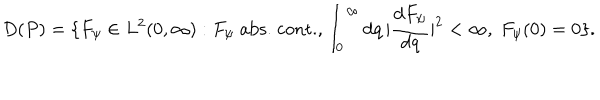
D ( P ) = \{ F _ { \psi } \in L ^ { 2 } ( 0 , \infty ) : F _ { \psi } \; \mathrm { a b s . } \; \mathrm { c o n t . } , \int _ { 0 } ^ { \infty } \mathrm { d } q \, | { \frac { \mathrm { d } F _ { \psi } } { \mathrm { d } q } } | ^ { 2 } < \infty , \; F _ { \psi } ( 0 ) = 0 \} .